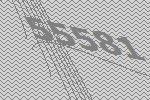
55581